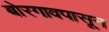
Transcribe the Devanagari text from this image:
बोरगावपासून